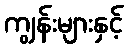
ကျွန်းများနှင့်